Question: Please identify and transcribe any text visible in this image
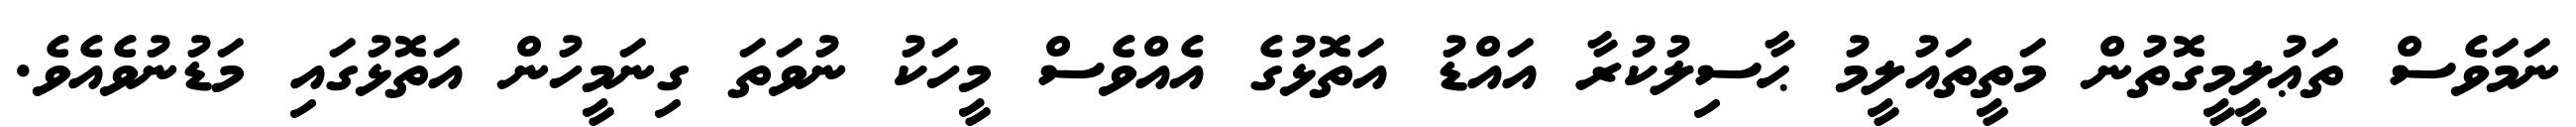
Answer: ނަމަވެސް ތަޢުލީމީގޮތުން މަތީތައުލީމު ޙާސިލުކުރާ އައްޑު އަތޮޅުގެ އެއްވެސް މީހަކު ނުވަތަ ގިނަމީހުން އަތޮޅުގައި މަޑުނުވެއެވެ.